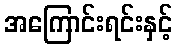
အကြောင်းရင်းနှင့်